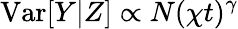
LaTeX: \mathrm{Var}[Y|Z]\propto N(\chi t)^{\gamma}